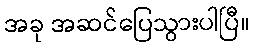
အခု အဆင်ပြေသွားပါပြီ။